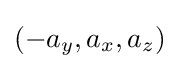
(-a_{y},a_{x},a_{z})